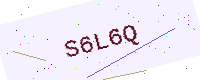
Text: S6L6Q